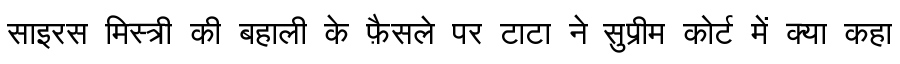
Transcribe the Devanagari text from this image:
साइरस मिस्त्री की बहाली के फ़ैसले पर टाटा ने सुप्रीम कोर्ट में क्या कहा